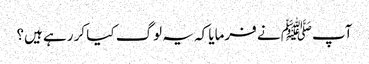
آپﷺ نے فرمایا کہ یہ لوگ کیا کر رہے ہیں؟